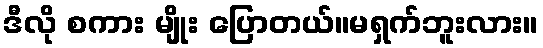
ဒီလို စကား မျိုး ပြောတယ်။မရှက်ဘူးလား။